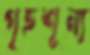
গৃহশূন্য